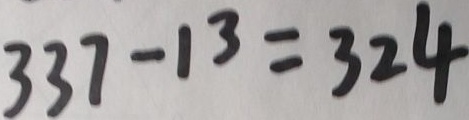
3 3 7 - 1 3 = 3 2 4